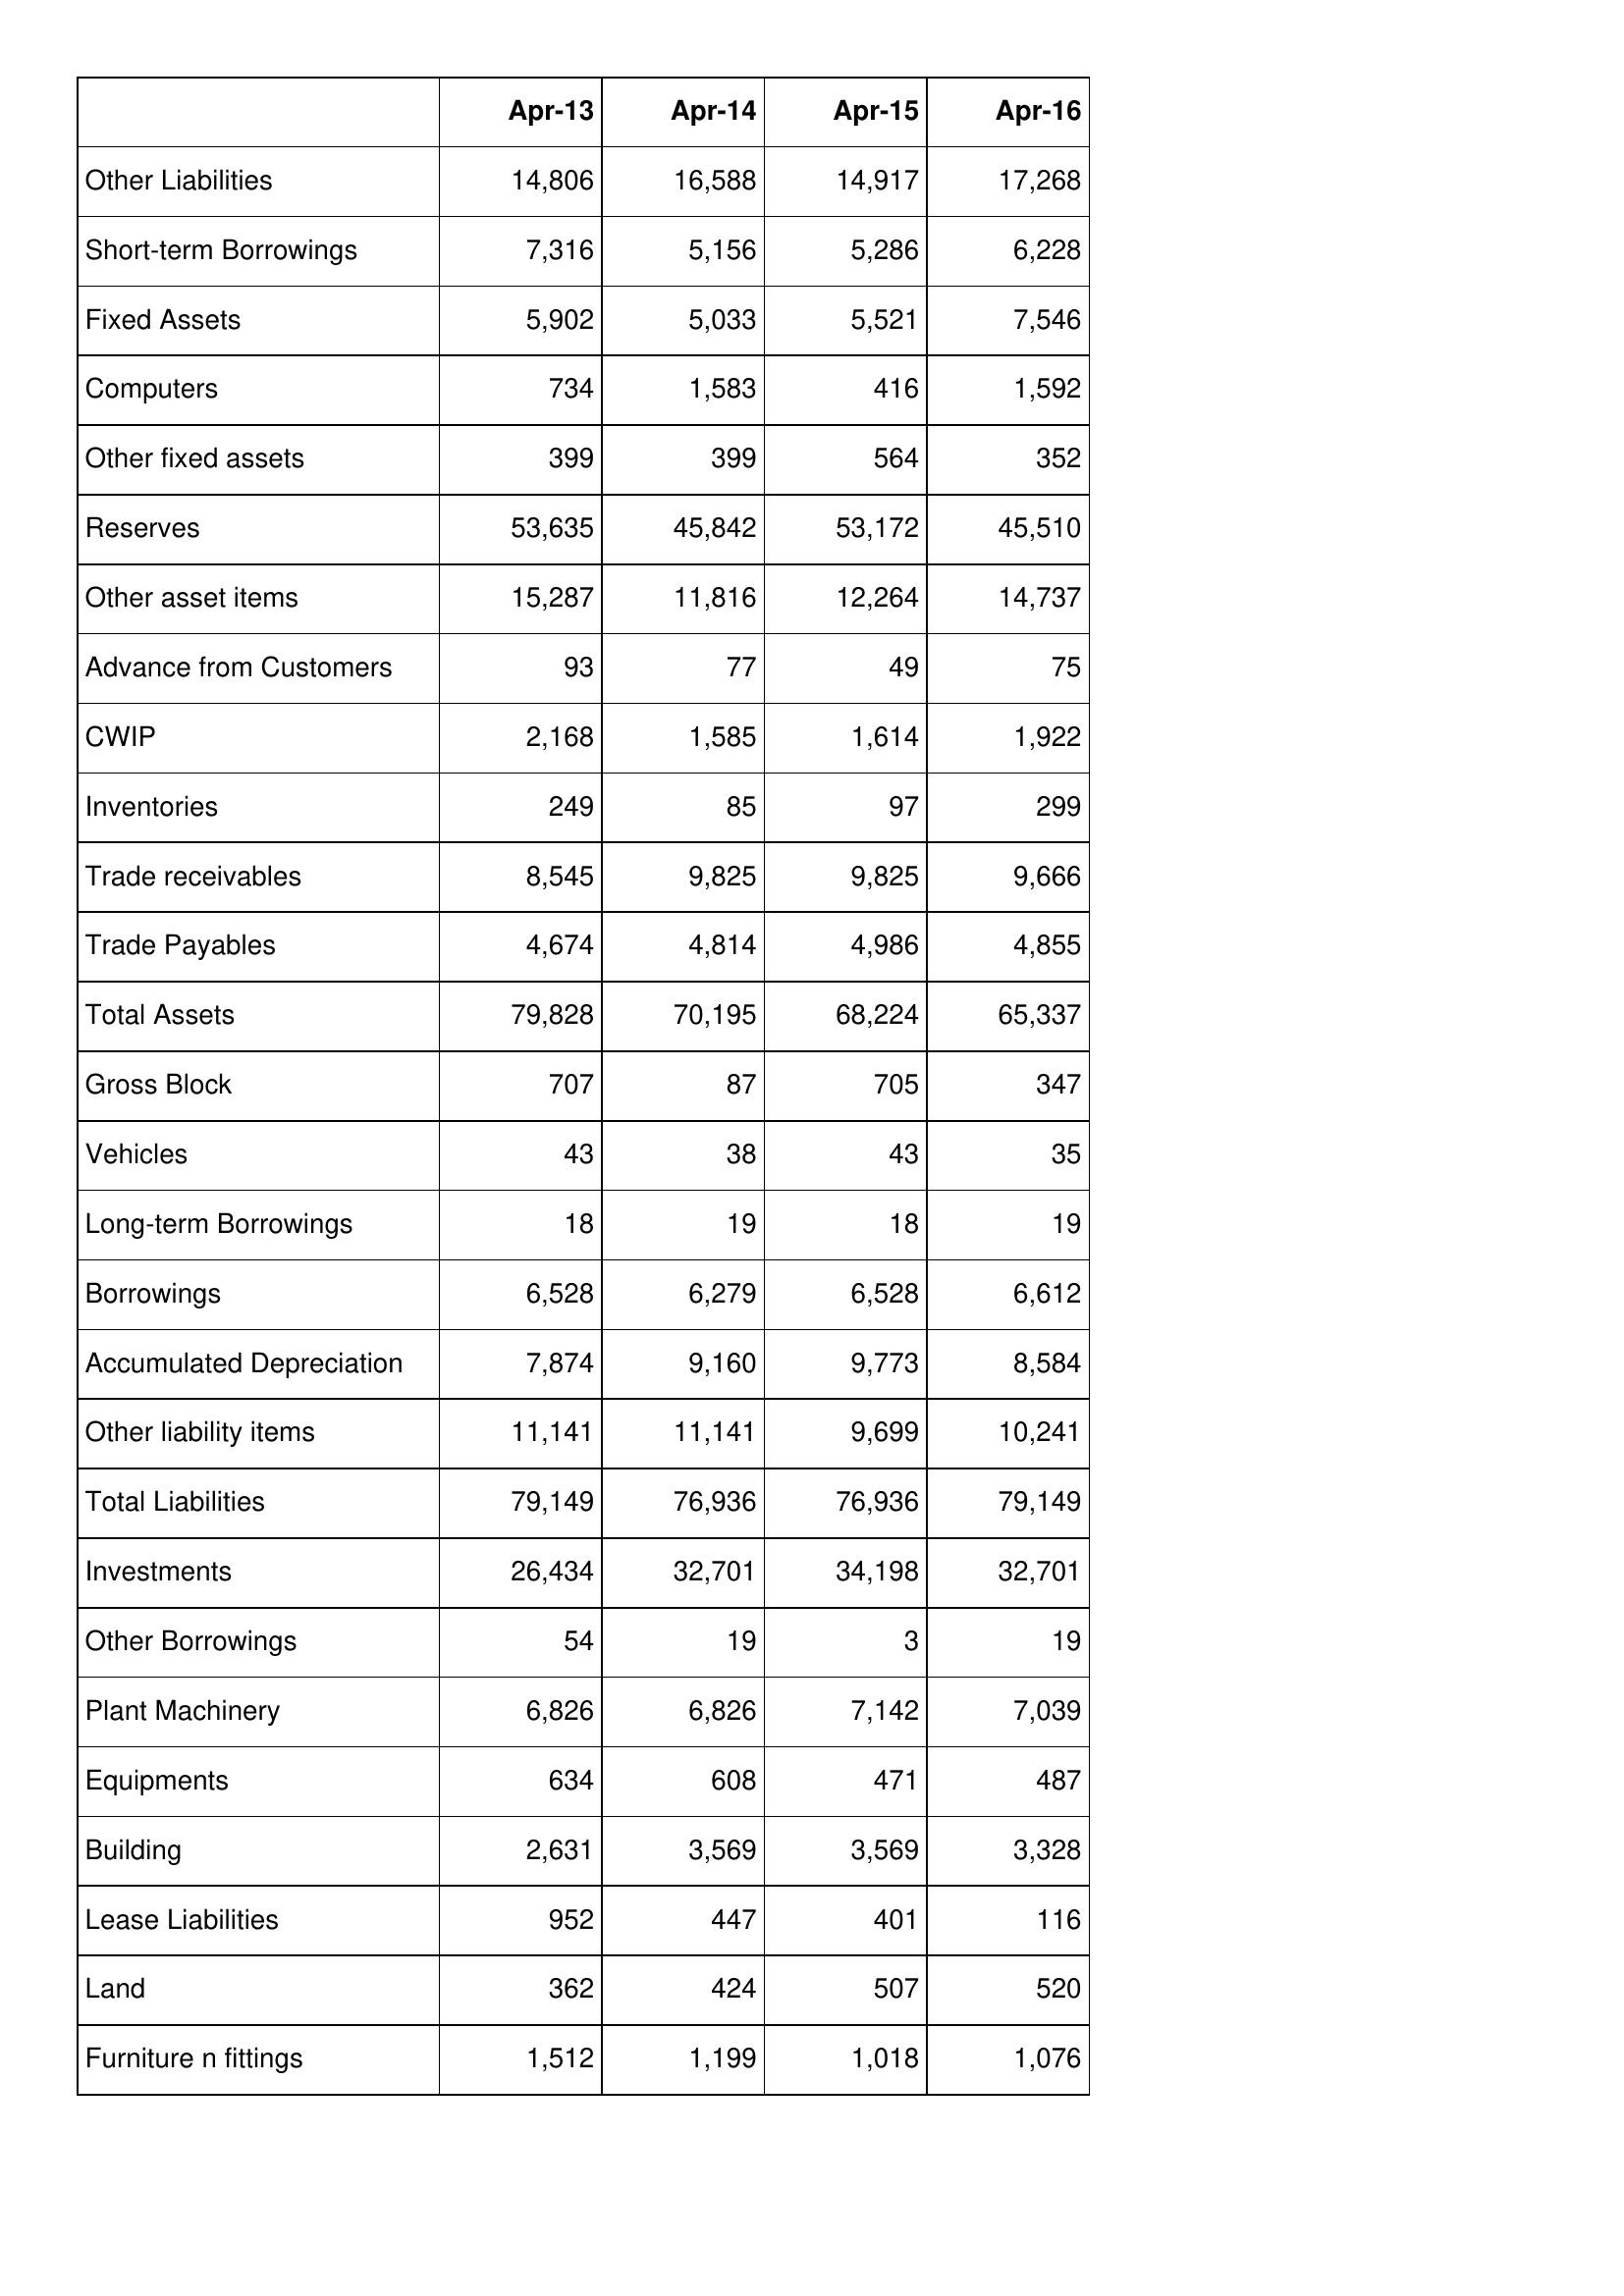
Apr-13: Balance Sheet: Other Liabilities: 14,806
Short-term Borrowings: 7,316
Fixed Assets: 5,902
Computers: 734
Other fixed assets: 399
Reserves: 53,635
Other asset items: 15,287
Advance from Customers: 93
CWIP: 2,168
Inventories: 249
Trade receivables: 8,545
Trade Payables: 4,674
Total Assets: 79,828
Gross Block: 707
Vehicles: 43
Long-term Borrowings: 18
Borrowings: 6,528
Accumulated Depreciation: 7,874
Other liability items: 11,141
Total Liabilities: 79,149
Investments: 26,434
Other Borrowings: 54
Plant Machinery: 6,826
Equipments: 634
Building: 2,631
Lease Liabilities: 952
Land: 362
Furniture n fittings: 1,512
Apr-14: Balance Sheet: Other Liabilities: 16,588
Short-term Borrowings: 5,156
Fixed Assets: 5,033
Computers: 1,583
Other fixed assets: 399
Reserves: 45,842
Other asset items: 11,816
Advance from Customers: 77
CWIP: 1,585
Inventories: 85
Trade receivables: 9,825
Trade Payables: 4,814
Total Assets: 70,195
Gross Block: 87
Vehicles: 38
Long-term Borrowings: 19
Borrowings: 6,279
Accumulated Depreciation: 9,160
Other liability items: 11,141
Total Liabilities: 76,936
Investments: 32,701
Other Borrowings: 19
Plant Machinery: 6,826
Equipments: 608
Building: 3,569
Lease Liabilities: 447
Land: 424
Furniture n fittings: 1,199
Apr-15: Balance Sheet: Other Liabilities: 14,917
Short-term Borrowings: 5,286
Fixed Assets: 5,521
Computers: 416
Other fixed assets: 564
Reserves: 53,172
Other asset items: 12,264
Advance from Customers: 49
CWIP: 1,614
Inventories: 97
Trade receivables: 9,825
Trade Payables: 4,986
Total Assets: 68,224
Gross Block: 705
Vehicles: 43
Long-term Borrowings: 18
Borrowings: 6,528
Accumulated Depreciation: 9,773
Other liability items: 9,699
Total Liabilities: 76,936
Investments: 34,198
Other Borrowings: 3
Plant Machinery: 7,142
Equipments: 471
Building: 3,569
Lease Liabilities: 401
Land: 507
Furniture n fittings: 1,018
Apr-16: Balance Sheet: Other Liabilities: 17,268
Short-term Borrowings: 6,228
Fixed Assets: 7,546
Computers: 1,592
Other fixed assets: 352
Reserves: 45,510
Other asset items: 14,737
Advance from Customers: 75
CWIP: 1,922
Inventories: 299
Trade receivables: 9,666
Trade Payables: 4,855
Total Assets: 65,337
Gross Block: 347
Vehicles: 35
Long-term Borrowings: 19
Borrowings: 6,612
Accumulated Depreciation: 8,584
Other liability items: 10,241
Total Liabilities: 79,149
Investments: 32,701
Other Borrowings: 19
Plant Machinery: 7,039
Equipments: 487
Building: 3,328
Lease Liabilities: 116
Land: 520
Furniture n fittings: 1,076